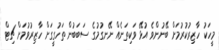
މީހަކު ހާޒިރުކުރުމަށް ބޭނުންވެ އުޅޭ ވަކިތަނެއް ނޭނގުމުގެ ސަބަބުން ތަހުގީގަށް ހާޒިރުވުމަށް ޗިޓް